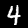
Digit: 4